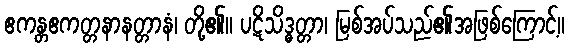
ဧကန္တဧကတ္တနာနတ္တာနံ၊ တို့၏။ ပဋိသိဒ္ဓတ္တာ၊ မြစ်အပ်သည်၏အဖြစ်ကြောင့်။